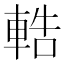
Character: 𨌒